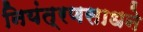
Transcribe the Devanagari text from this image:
नियंत्रणसाधने